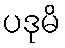
ပဒုမိ